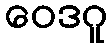
ဝေဒဂူ